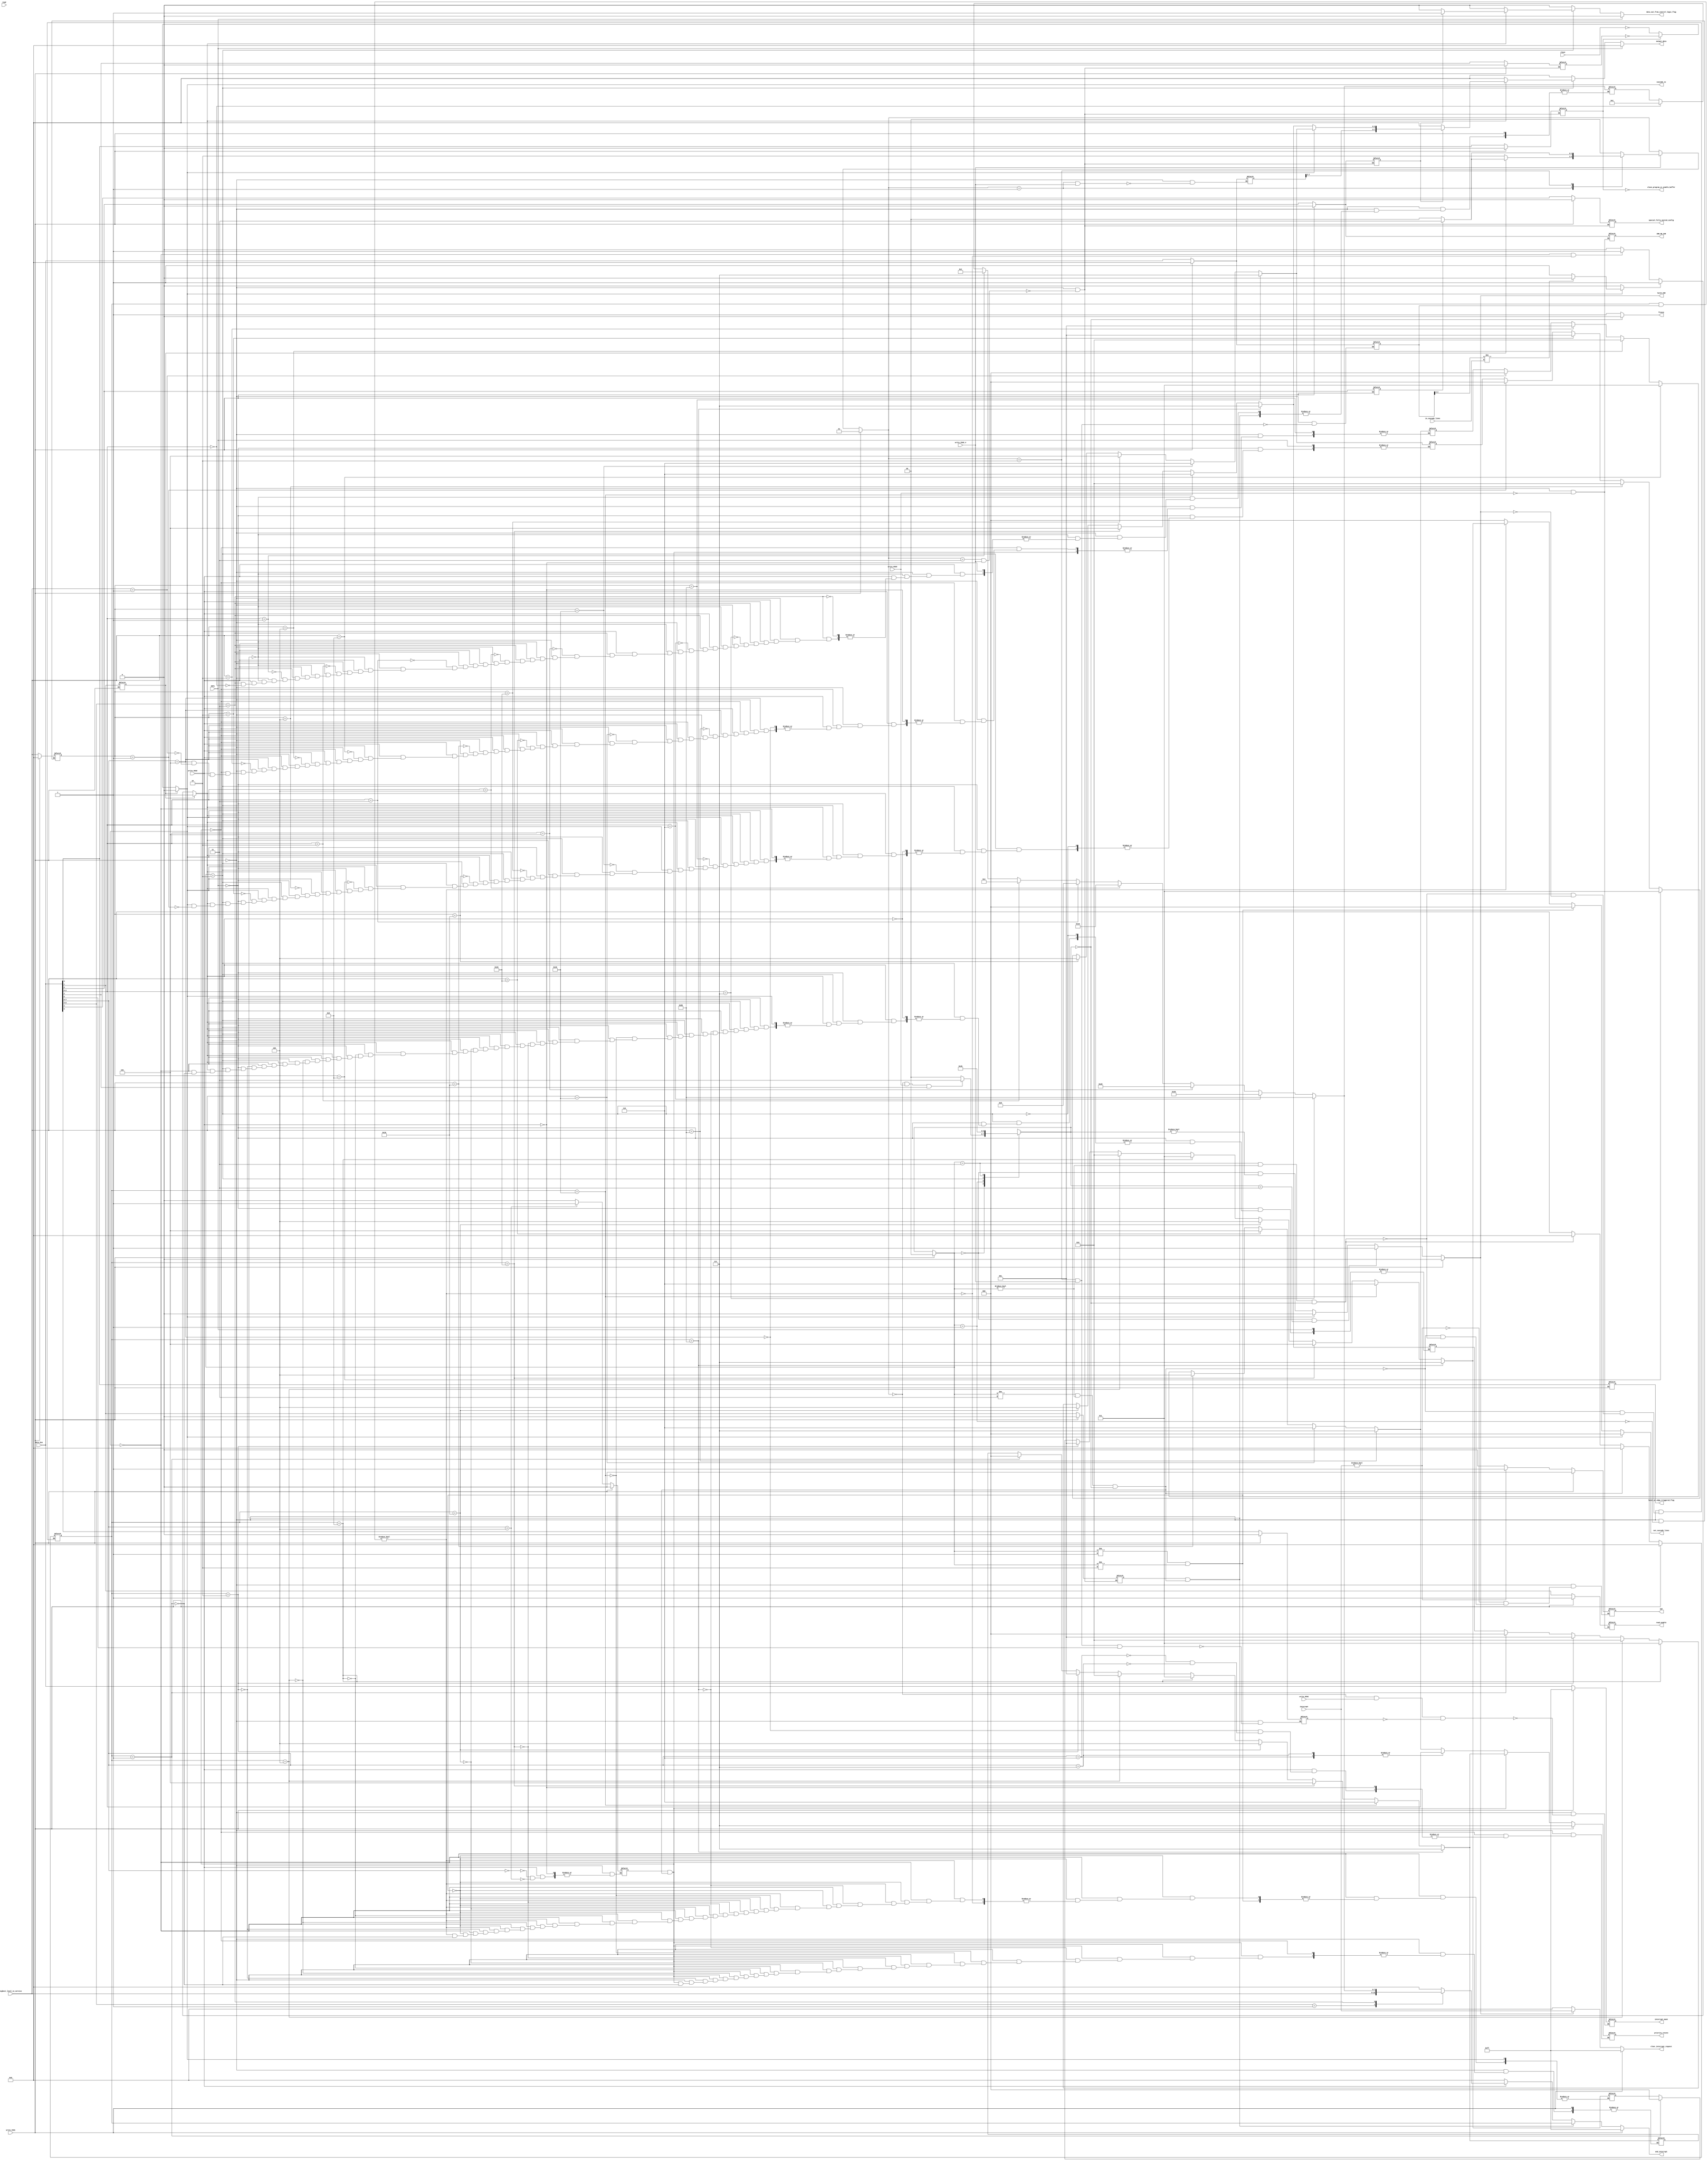
`timescale 1ns / 1ps



module Controllyyyy_Logic(
 input write_ICW1,
 input write_ICW2_4,
 input write_OCW1,
 input write_OCW2,
 input write_OCW3,
 input INTA,
 input wire [7:0] data_bus,
 input [7:0] interrupt, 
 input [7:0] highest_level_in_service,
 input read,
 //cascade
 input [2:0] in_cascade_lines,
 output reg [2:0] out_cascade_lines, 
 output reg latch_ISR,
 input slave,
 output cascade_io,
 output slave_program_or_enable_buffer,

 output	reg level_or_edge_triggered_flag, 
 output reg special_fully_nested_config ,
 //reading register
 output reg read_enable,
 output reg IRR_OR_ISR,
 output reg INT,
 output reg [2:0] priority_rotate,
 output reg [7:0] interrupt_mask,
 output reg [7:0] end_interrupt,
 output reg freeze,
 output reg [7:0] clear_interrupt_request,
 
 output reg data_out_from_control_logic_flag,
 output reg [7:0] output_data
 

    );
	
	
    //iitialization commands
    parameter Ready=2'b00,ICW2=2'b01,ICW3=2'b10,ICW4=2'b11;
	// the next two registers are uesd for the initialization command words sequence 
    reg [1:0] next_command;
    reg [1:0] current_command;
    reg single_or_cascade_flag; 
    
	reg icw4_needed_flag; 
	reg call_address_interval_4_or_8_flag; 
	
	reg buffered_mode_config ;
	reg buffered_master_or_slave_config;
	reg is_Slave;
	reg slave_enabled;
	reg cascade_output_ack2;
	
    always@* begin
        if(write_ICW1==1)begin //first check if the coming input is ICW1
        next_command=ICW2; //next initialization command word will be ICW2
        end
		//if the current command word is ICW2,ICW3,ICW4
		//start determining the next command word 
        else if(write_ICW2_4==1) begin 
            case(current_command)
			//after getting ICW2, check if we are using single or cascade mode
                ICW2:begin
                    if(single_or_cascade_flag==0)begin
					next_command=ICW3;
					end
					else if(icw4_needed_flag==1)begin
					next_command=ICW4;
					end
					else 
					next_command=Ready;
                end
				//after getting ICW3 check if ICW4 is needed or not
				ICW3:begin
					if(icw4_needed_flag==1)
						next_command=ICW4;
					else
						next_command=Ready;
				end
				//after getting ICW4 set the next_command to be ready
				ICW4: begin
					next_command=Ready;
				end
				//default ready case used to avoid any latches
				default: begin
					next_command=Ready;
				end
            endcase
        end
		else
			next_command=current_command;
    end
	
	//update the current command with every clock cycle
	always@(*) begin
			current_command<=next_command;
	end
	//signals for initilization commands
	wire write_ICW2=(current_command == ICW2) & write_ICW2_4;
	wire write_ICW3=(current_command == ICW3) & write_ICW2_4;
	wire write_ICW4=(current_command == ICW4) & write_ICW2_4;
	
	//signals for operation command words		
	wire write_OCW1_register = (current_command==Ready) & write_OCW1;
	wire write_OCW2_register = (current_command==Ready) & write_OCW2;
	wire write_OCW3_register = (current_command==Ready) & write_OCW3;
	
	 // Service control state
	 
	 reg [1:0] next_control_s;
	 reg [1:0] control_s;
	 parameter Control_Ready=2'b00,ACK1=2'b01,ACK2=2'b10,POLL=2'b11;
	 //Acknowledge edge detection
	 
	 reg prev_INTA;
	 
	always@(INTA,prev_INTA)begin
		prev_INTA<=INTA;
	end
	
	wire negative_edge_INTA= prev_INTA & ~INTA;
	wire positive_edge_INTA=~ prev_INTA& INTA;
	
	
	//Detect read signal edge
	reg prev_read_signal;
	
	always@( read, prev_read_signal) begin
		prev_read_signal<= read;
	end
	
	wire negative_edge_read= prev_read_signal & ~read;
	
	//state machine for operation control words
	always@* begin
		case(control_s)
			Control_Ready:begin
				if((write_OCW3_register==1'b1)&&(data_bus[2]==1'b1))
					next_control_s=POLL;
				else if (write_OCW2_register==1'b1)
					next_control_s=Control_Ready;
				else if(negative_edge_INTA==1'b0)
					next_control_s=Control_Ready;
				else
					next_control_s=ACK1;
			end
			ACK1:begin
				if(positive_edge_INTA==1'b0)
					next_control_s=ACK1;
				else
					next_control_s=ACK2;
			end
			
			ACK2:begin
				if(positive_edge_INTA==1'b0)
					next_control_s=ACK2;
				else
					next_control_s=Control_Ready;
			end
			POLL:begin
				if(negative_edge_read==1'b0)
					next_control_s=POLL;
				else
					next_control_s=Control_Ready;
			end
			
			default:begin
				next_control_s=Control_Ready;
				
			end
		endcase
	end
	
	always @(write_ICW1,next_control_s)begin
		if(write_ICW1==1'b1)
			control_s<=Control_Ready;
		else
			control_s<=next_control_s;
	end
	

	//latch_ISR signal
	always@* begin
		if(write_ICW1==1'b1)
			latch_ISR = 1'b0;
		else if((control_s==Control_Ready)&&(next_control_s==POLL))
			latch_ISR = 1'b1;
		else if(is_Slave==1'b0)
			latch_ISR = (control_s==Control_Ready) & (next_control_s != Control_Ready);
		else 
			latch_ISR = (control_s == ACK2) & (slave_enabled == 1'b1) & (negative_edge_INTA==1'b1);
	end
	
	wire acknowledge_end = (control_s!=POLL)&(control_s!= Control_Ready)&(next_control_s==Control_Ready);
	wire poll_end        = (control_s==POLL)&(control_s != Control_Ready) &(next_control_s==Control_Ready);
	
		
	
	//
    // Initialization command word 1
    // A7-A5
	
	reg [10:0]  interrupt_vector_address;
	always@(write_ICW1)begin
		if(write_ICW1==1)
			interrupt_vector_address[2:0]<= data_bus[7:5];
		else
			interrupt_vector_address[2:0]<= interrupt_vector_address[2:0];
	end
	//IC4 bit
	always@(write_ICW1) begin
		if(write_ICW1==1)
			icw4_needed_flag<=data_bus[0];
		else
			icw4_needed_flag<=icw4_needed_flag;
		end
	//SNGL bit
	always@(write_ICW1) begin
	if(write_ICW1==1)
		single_or_cascade_flag<=data_bus[1];
	else
		single_or_cascade_flag<=single_or_cascade_flag;
	end
	//ADI bit
	always@(write_ICW1) begin
		if(write_ICW1==1)
			call_address_interval_4_or_8_flag<=data_bus[2];
		else
			call_address_interval_4_or_8_flag<=call_address_interval_4_or_8_flag;
	end
	//LTIM bit
	always@(write_ICW1) begin
		if(write_ICW1==1)
			level_or_edge_triggered_flag<=data_bus[3];
		else
			level_or_edge_triggered_flag<=level_or_edge_triggered_flag;
	end
	
	    // Initialization command word 2
    //
    // A15-A8 (MCS-80) or T7-T3 (8086, 8088)
	
	always@(write_ICW1 , write_ICW2) begin
		if(write_ICW1==1)
			interrupt_vector_address[10:3]<=3'b000;
		else if(write_ICW2==1)
			interrupt_vector_address[10:3]<=data_bus;
		else
			interrupt_vector_address[10:3]<=interrupt_vector_address[10:3];
	end
	
	
	// Initialization command word 3
	 reg [7:0] cascade_config;
	
	// S7-S0 (MASTER) or ID2-ID0 (SLAVE)
	always@(write_ICW1 ,write_ICW3)begin
		if(write_ICW1==1'b1)
			cascade_config <= 8'b00000000;
		else if(write_ICW3==1'b1)
			cascade_config<= data_bus;
		else
			cascade_config<=cascade_config;
		end
	
	
	// Initialization command word 4
	
	
	// special fully nested mode
	always@(write_ICW1,write_ICW4)begin
		if(write_ICW1==1'b1)
			special_fully_nested_config<=1'b0;
		else if(write_ICW4==1'b1)
			special_fully_nested_config<=data_bus[4];
		else 
			special_fully_nested_config<=special_fully_nested_config;
	end
	
	//Buffered mode configure
	always@(write_ICW1,write_ICW4)begin
		if(write_ICW1==1'b1)
			buffered_mode_config <=1'b0;
		else if(write_ICW4==1'b1)
			buffered_mode_config<=data_bus[3];
		else
			buffered_mode_config<=buffered_mode_config;
	end
	assign slave_program_or_enable_buffer = ~ buffered_mode_config;
	
	//Master/slave
	always@(write_ICW1,write_ICW4)begin
		if(write_ICW1==1'b1)
			buffered_master_or_slave_config<=1'b0;
		else if(write_ICW4==1'b1)
			buffered_master_or_slave_config<=data_bus[2];
		else
			buffered_master_or_slave_config<=buffered_master_or_slave_config;
	end
	
	//Automatic end of interrupt
	reg automatic_end_of_interrupt;
	
	always@(write_ICW1,write_ICW4)begin
		if(write_ICW1==1'b1)
			automatic_end_of_interrupt<=1'b0;
		else if(write_ICW4==1'b1)
			automatic_end_of_interrupt<=data_bus[1];
		else
			automatic_end_of_interrupt<=automatic_end_of_interrupt;
	end
	
	
	//CPU used
	reg u8086_or_mcs80_config ;
	always@(write_ICW1,write_ICW4)begin
		if(write_ICW1==1'b1)
			u8086_or_mcs80_config<=1'b0;
		else if(write_ICW4==1'b1)
			u8086_or_mcs80_config<=data_bus[0];
		else
			u8086_or_mcs80_config<=u8086_or_mcs80_config;
			
	end
		
		
			
	
	//
	//operation control word 1
	//
	reg special_mask_mode;
	//Interrupt Mask registers
	always@(write_ICW1 , write_OCW1_register) begin
		if(write_ICW1==1)
			interrupt_mask<= 8'b11111111;
		else if((write_OCW1_register==1'b1) && (special_mask_mode==1'b0))
			interrupt_mask <= data_bus;
		else
			interrupt_mask<=interrupt_mask;
	end
	
	
	//
	//operation control word 2
	//
	reg [7:0] acknowledge_interrupt ;
	reg [7:0] num2bit1;
	
	
	//End of interrupt mode
	always@(write_ICW1,automatic_end_of_interrupt,write_OCW2,highest_level_in_service)begin
		if(write_ICW1==1'b1)
			end_interrupt = 8'b11111111;
		else if((automatic_end_of_interrupt == 1'b1)&&(acknowledge_end== 1'b1))
			end_interrupt=acknowledge_interrupt;
		else if(write_OCW2==1'b1)begin
			case(data_bus[6:5])
				2'b01: 	 end_interrupt = highest_level_in_service;
				2'b11: begin
					//num2bit(data_bus[2:0],num2bit1);
					if(data_bus[2:0]==3'b000)  num2bit1 = 8'b00000001;
					if(data_bus[2:0]==3'b001)  num2bit1 = 8'b00000010;
					if(data_bus[2:0]==3'b010)  num2bit1 = 8'b00000100;
					if(data_bus[2:0]==3'b011)  num2bit1 = 8'b00001000;
					if(data_bus[2:0]==3'b100)  num2bit1 = 8'b00010000;
					if(data_bus[2:0]==3'b101)  num2bit1 = 8'b00100000;
					if(data_bus[2:0]==3'b110)  num2bit1 = 8'b01000000;
					if(data_bus[2:0]==3'b111)  num2bit1 = 8'b10000000;
					end_interrupt = num2bit1;
				end
                default: end_interrupt = 8'b00000000;
			endcase
		end
		else
			end_interrupt = 8'b00000000;
	end
	//Auto rotate mode 
	reg auto_rotate;
	
	always@(write_ICW1,write_OCW2)begin
		if (write_ICW1==1'b1)
			auto_rotate <= 1'b0;
		else if (write_OCW2==1'b1)begin
			case(data_bus[7:5])
				3'b000:  auto_rotate <= 1'b0;
                3'b100:  auto_rotate <= 1'b1;
				default: auto_rotate <= auto_rotate;
			endcase
		end
		else
			auto_rotate<=auto_rotate;
	end
	
	// Rotation
	reg [2:0] bit2num1;
	reg [2:0] bit2num2;
	always@ (write_ICW1,auto_rotate,acknowledge_end,write_OCW2,highest_level_in_service)begin
		if (write_ICW1==1'b1)
			priority_rotate <=3'b111;
		else if((auto_rotate==1'b1)&&(acknowledge_end==1'b1))begin
			//bit2num(acknowledge_interrupt,bit2num1);
			if(acknowledge_interrupt== 8'b00000001) bit2num1 = 3'b000;
			if(acknowledge_interrupt== 8'b00000010) bit2num1 = 3'b001;
			if(acknowledge_interrupt== 8'b00000100) bit2num1 = 3'b010;
			if(acknowledge_interrupt== 8'b00001000) bit2num1 = 3'b011;
			if(acknowledge_interrupt== 8'b00010000) bit2num1 = 3'b100;
			if(acknowledge_interrupt== 8'b00100000) bit2num1 = 3'b101;
			if(acknowledge_interrupt== 8'b01000000) bit2num1 = 3'b110;
			if(acknowledge_interrupt== 8'b10000000) bit2num1 = 3'b111;
			priority_rotate <= bit2num1;
		end
		else if(write_OCW2==1'b1)begin
			case(data_bus[7:5])
				3'b101:begin
					//bit2num(highest_level_in_service,bit2num2);
					if(highest_level_in_service== 8'b00000001) bit2num2 = 3'b000;
					if(highest_level_in_service== 8'b00000010) bit2num2 = 3'b001;
					if(highest_level_in_service== 8'b00000100) bit2num2 = 3'b010;
					if(highest_level_in_service== 8'b00001000) bit2num2 = 3'b011;
					if(highest_level_in_service== 8'b00010000) bit2num2 = 3'b100;
					if(highest_level_in_service== 8'b00100000) bit2num2 = 3'b101;
					if(highest_level_in_service== 8'b01000000) bit2num2 = 3'b110;
					if(highest_level_in_service== 8'b10000000) bit2num2 = 3'b111;
					priority_rotate <= bit2num2;
				end
				3'b110:  priority_rotate <= data_bus[2:0];
				3'b111:  priority_rotate <= data_bus[2:0];
				default: priority_rotate <= priority_rotate;
			endcase
		end
		else
			priority_rotate<=priority_rotate;
	end
			
	
	
	///////////////////////////////////////////////////////////////////////LATCH IN SERVICE////////////////////////////////////////
	// interrupt buffer

	 always@(write_ICW1, acknowledge_end,poll_end,latch_ISR,highest_level_in_service,acknowledge_interrupt) begin
        if (write_ICW1 == 1'b1)
            acknowledge_interrupt <= 8'b00000000;
        else if (acknowledge_end)
            acknowledge_interrupt <= 8'b00000000;
        else if (poll_end == 1'b1)
            acknowledge_interrupt <= 8'b00000000;
        else if (latch_ISR == 1'b1)
            acknowledge_interrupt <= highest_level_in_service;
        else
            acknowledge_interrupt <= acknowledge_interrupt;
    end
	
	
	
	//
    // Operation control word 3
    //
	
	//Read IRR or read ISR
	
	always@(write_ICW1,write_OCW3)begin
		if(write_ICW1==1'b1)begin
			read_enable<=1'b1;
			IRR_OR_ISR<=0;
		end
		else if(write_OCW3==1'b1)begin
			read_enable<=data_bus[1];
			IRR_OR_ISR<=data_bus[0];
		end
		else begin
			read_enable<=read_enable;
			IRR_OR_ISR<=IRR_OR_ISR;
		end
	end
	
	//Special mask mode signals (captured but not implemented)
	
	always@(write_ICW1,write_ICW3)begin
		if(write_ICW1==1'b1)
			special_mask_mode<=0;
		else if((write_ICW3==1'b1)&&(data_bus[6]==1'b1))
			special_mask_mode<=data_bus[5];
		else
			special_mask_mode<=special_mask_mode;
	end
	
	/*****************************************************
	*                  Cascading block                   * 
	******************************************************/	
	//Master or slave determination
	
	always@*begin
		if(single_or_cascade_flag==1'b1)
			is_Slave = 1'b0;
		else if (buffered_mode_config==1'b0)
			is_Slave = ~slave;//slave is the external input signal and ~ is because it is active low 
		else
			is_Slave = ~buffered_master_or_slave_config;//if we are in buffered mode the external signal slave is not used to determine the pic is slave or not instead we use the configuratin of the buffered mode
	end
		assign cascade_io = is_Slave;
	//Slave      Determines which slave is operating 
	
	
	always@* begin
		if(is_Slave==1'b0)
			slave_enabled = 1'b0;
		else if(cascade_config[2:0]!=in_cascade_lines)
			slave_enabled = 1'b0;
		else
			slave_enabled = 1'b1;
	end
	
	//
    // Cascade signals (master)
    //
	wire    interrupt_from_slave = (acknowledge_interrupt & cascade_config) != 8'b00000000; //Acknowledged interrupts flag 
	
	always@* begin
        if (single_or_cascade_flag == 1'b1)
            cascade_output_ack2 = 1'b1;
        else if (slave_enabled == 1'b1)
            cascade_output_ack2 = 1'b1;
        else if ((is_Slave == 1'b0) && (interrupt_from_slave == 1'b0))
            cascade_output_ack2= 1'b1;
        else
            cascade_output_ack2 = 1'b0;
    end
	// Output slave id
	reg [2:0] out_cascade;
    always@* begin
        if (is_Slave == 1'b1)
            out_cascade_lines <= 3'b000;
        else if ((control_s != ACK1) && (control_s != ACK2))
            out_cascade_lines <= 3'b000;
        else if (interrupt_from_slave == 1'b0)
            out_cascade_lines <= 3'b000;
        else begin
			//bit2num(acknowledge_interrupt,out_cascade);
			if(acknowledge_interrupt== 8'b00000001) out_cascade = 3'b000;
			if(acknowledge_interrupt== 8'b00000010) out_cascade = 3'b001;
			if(acknowledge_interrupt== 8'b00000100) out_cascade = 3'b010;
			if(acknowledge_interrupt== 8'b00001000) out_cascade = 3'b011;
			if(acknowledge_interrupt== 8'b00010000) out_cascade = 3'b100;
			if(acknowledge_interrupt== 8'b00100000) out_cascade = 3'b101;
			if(acknowledge_interrupt== 8'b01000000) out_cascade = 3'b110;
			if(acknowledge_interrupt== 8'b10000000) out_cascade = 3'b111;
            out_cascade_lines <= out_cascade;
		end
    end
	
	
	/*****************************************************
	*                   Interrupt Signals                * 
	******************************************************/
	
	//interrupt signal to cpu
	always@(write_ICW1, interrupt,acknowledge_end,poll_end) begin
		if(write_ICW1==1'b1)
			INT <= 1'b0;
		else if(interrupt != 8'b00000000)
			INT <= 1'b1;
		else if(acknowledge_end==1'b1)	
			INT <= 1'b0;
		else if(poll_end == 1'b1)
			INT <= 1'b0;
		else 
			INT <=INT;
	end
	
	//freeze signal to IRR
	always@(next_control_s) begin 
		if(next_control_s == Control_Ready)
			freeze <= 1'b0;
		else
			freeze <= 1'b1;
	
	end
	
	// clear interupt request for IRR
	
	always@* begin
		if(write_ICW1==1'b1)
			clear_interrupt_request = 8'b11111111;
		else if(latch_ISR==1'b0)
			clear_interrupt_request = 8'b00000000;
		else
			clear_interrupt_request = interrupt;
	
	end
	
	
	reg [7:0] interrupt_after_ack1;
	
	always@ (write_ICW1,control_s,highest_level_in_service)begin
		if(write_ICW1 == 1'b1)
			interrupt_after_ack1<= 8'b00000000;
		else if(control_s == ACK1)
			interrupt_after_ack1<= highest_level_in_service;
		else 
			interrupt_after_ack1<=interrupt_after_ack1;
	end
	
	//State machine that controls data output form the PIC to the data bus
	reg [2:0] interrupt_after1;
	reg [2:0] acknowledge_int;
	always@* begin
		if(INTA == 1'b0)begin
			case(control_s)
				Control_Ready:begin
					data_out_from_control_logic_flag = 1'b0;
					output_data = 8'b00000000;
				end
				ACK1:begin
					data_out_from_control_logic_flag = 1'b0;
					output_data = 8'b00000000;
				end
				ACK2:begin
					if(cascade_output_ack2 == 1'b1)begin
						data_out_from_control_logic_flag = 1'b1;
						if(is_Slave == 1'b1) begin
							 if(interrupt_after_ack1== 8'b00000001) interrupt_after1 = 3'b000;
							 if(interrupt_after_ack1== 8'b00000010) interrupt_after1 = 3'b001;
							 if(interrupt_after_ack1== 8'b00000100) interrupt_after1 = 3'b010;
							 if(interrupt_after_ack1== 8'b00001000) interrupt_after1 = 3'b011;
							 if(interrupt_after_ack1== 8'b00010000) interrupt_after1 = 3'b100;
							 if(interrupt_after_ack1== 8'b00100000) interrupt_after1 = 3'b101;
							 if(interrupt_after_ack1== 8'b01000000) interrupt_after1 = 3'b110;
							 if(interrupt_after_ack1== 8'b10000000) interrupt_after1 = 3'b111;
							output_data[2:0]=interrupt_after1;
						end
						else begin
							 if(acknowledge_interrupt== 8'b00000001) acknowledge_int = 3'b000;
							 if(acknowledge_interrupt== 8'b00000010) acknowledge_int = 3'b001;
							 if(acknowledge_interrupt== 8'b00000100) acknowledge_int = 3'b010;
							 if(acknowledge_interrupt== 8'b00001000) acknowledge_int = 3'b011;
							 if(acknowledge_interrupt== 8'b00010000) acknowledge_int = 3'b100;
							 if(acknowledge_interrupt== 8'b00100000) acknowledge_int = 3'b101;
							 if(acknowledge_interrupt== 8'b01000000) acknowledge_int = 3'b110;
							 if(acknowledge_interrupt== 8'b10000000) acknowledge_int = 3'b111;
							
							output_data[2:0]=acknowledge_int;
						end
						//8086 cpu only is handled
						if(u8086_or_mcs80_config == 1'b1)
							output_data={interrupt_vector_address[10:6],output_data[2:0]};
						else begin
							data_out_from_control_logic_flag = 1'b0;
							output_data = 8'b00000000;
						end
					end
					else begin
						data_out_from_control_logic_flag = 1'b0;
						output_data = 8'b00000000;
					end
				end
				default:begin
					data_out_from_control_logic_flag = 1'b0;
					output_data = 8'b00000000;
				end
			endcase
		end
		else begin
			data_out_from_control_logic_flag = 1'b0;
			output_data = 8'b00000000;
		end
	end
	
	
endmodule